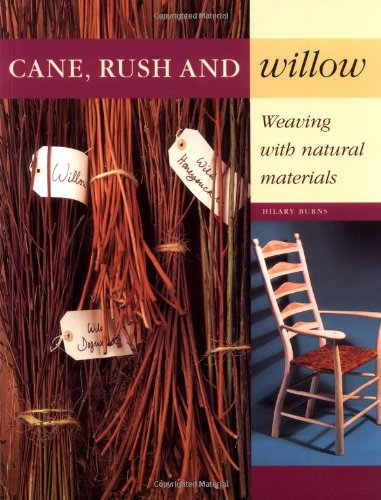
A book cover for Cane, Rush and Willow: Weaving with Natural Materials; Hilary Burns; Crafts, Hobbies & Home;